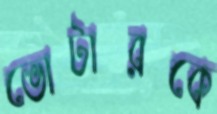
ভোটারকে